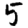
Digit: 5